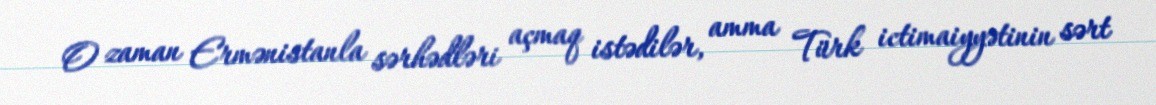
O zaman Ermənistanla sərhədləri açmaq istədilər, amma Türk ictimaiyyətinin sərt